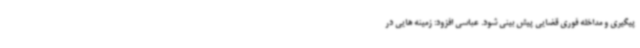
پیگیری و مداخله فوری قضایی پیش بینی شود. عباسی افزود: زمینه هایی در